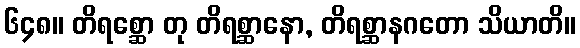
၆၄၈။ တိရစ္ဆော တု တိရစ္ဆာနော, တိရစ္ဆာနဂတော သိယာတိ။